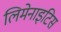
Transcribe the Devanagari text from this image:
लिमेनाइटिस